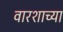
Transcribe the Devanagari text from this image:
वारशाच्‍या